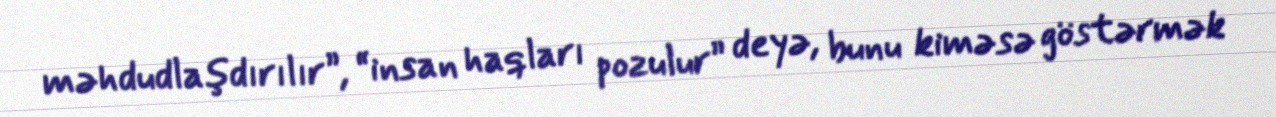
məhdudlaşdırılır”, “insan haqları pozulur” deyə, bunu kiməsə göstərmək